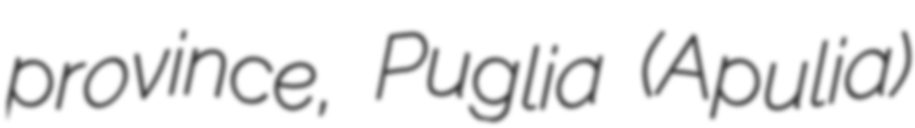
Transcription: province, Puglia (Apulia)